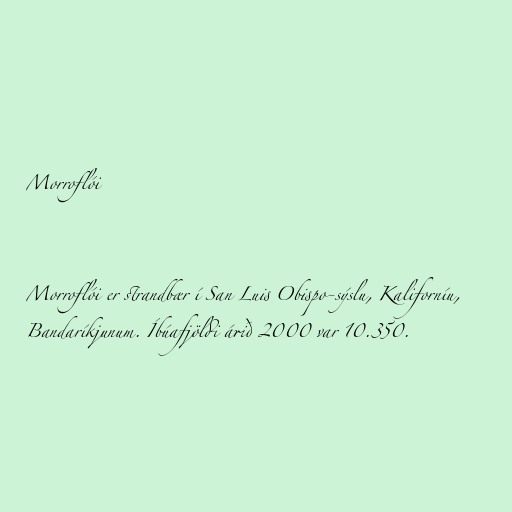
Morroflói

Morroflói er strandbær í San Luis Obispo-sýslu, Kaliforníu,
Bandaríkjunum. Íbúafjöldi árið 2000 var 10.350.